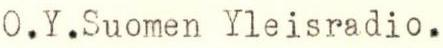
O.Y.Suomen Yleisradio.